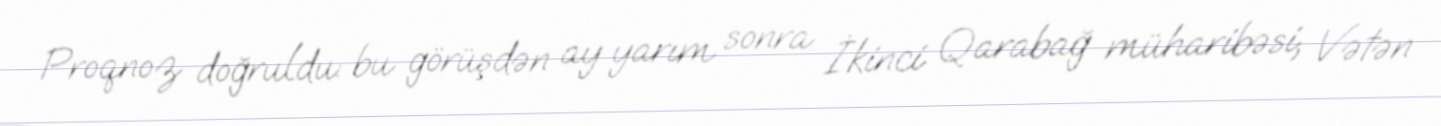
Proqnoz doğruldu: bu görüşdən ay yarım sonra İkinci Qarabağ müharibəsi, Vətən